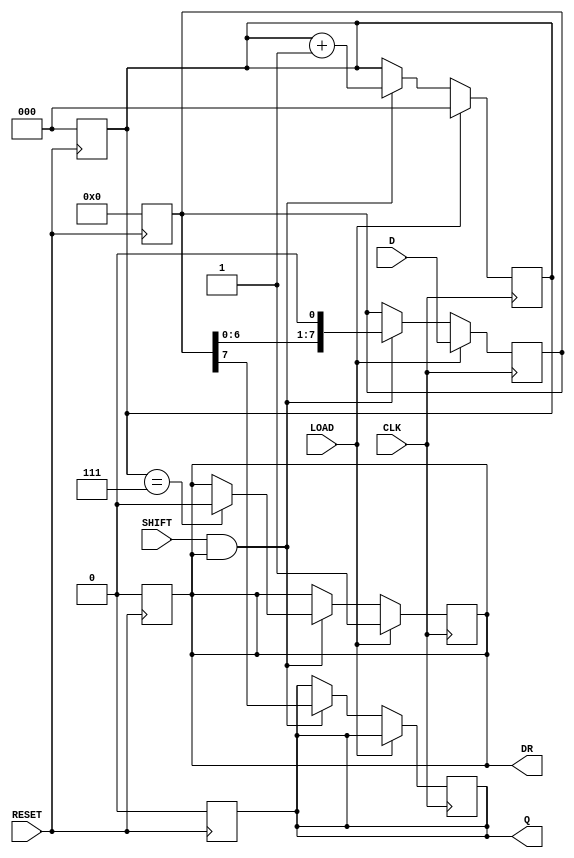
module PISO_Register (
    input wire [7:0] D,      // 8-bit data input
    input wire LOAD,         // Load control signal
    input wire SHIFT,        // Shift control signal
    input wire CLK,          // Clock signal
    input wire RESET,        // Asynchronous reset signal
    output reg Q,            // Serial output
    output reg DR            // Data ready signal
);

    reg [7:0] REG;           // 8-bit storage register
    reg [2:0] shift_count;   // Counter to track the number of shifts

    // Asynchronous reset
    always @(posedge RESET) begin
        REG <= 8'b0;         // Clear the register
        Q <= 1'b0;           // Clear the serial output
        DR <= 1'b0;          // Clear the data ready signal
        shift_count <= 3'b0; // Reset shift counter
    end

    // Loading data into the register
    always @(posedge CLK) begin
        if (LOAD) begin
            REG <= D;        // Load data into the register
            DR <= 1'b1;      // Indicate data is ready
            shift_count <= 3'b0; // Reset shift counter
        end
        else if (SHIFT && DR) begin
            Q <= REG[7];     // Output the MSB
            REG <= {REG[6:0], 1'b0}; // Shift left
            shift_count <= shift_count + 1; // Increment shift counter
            
            // Check if all bits have been shifted out
            if (shift_count == 3'b111) begin
                DR <= 1'b0;  // Clear data ready signal after all bits are shifted out
            end
        end
    end

endmodule